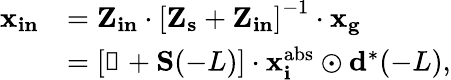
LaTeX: \begin{array}{rl}{\mathbf{x_{in}}}&{=\mathbf{Z_{in}}\cdot\left[\mathbf{Z_{s}}+\mathbf{Z_{in}}\right]^{-1}\cdot\mathbf{x_{g}}}\\ &{=\left[\mathbb{1}+\mathbf{S}(-L)\right]\cdot\mathbf{x_{i}^{\textrm{abs}}}\odot\mathbf{d}^{*}(-L),}\end{array}